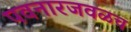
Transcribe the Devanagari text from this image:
पवनारजवळच